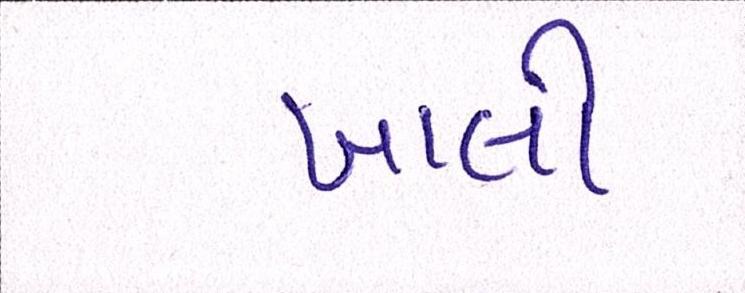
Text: ખાલી